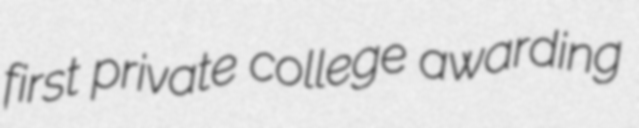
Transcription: first private college awarding